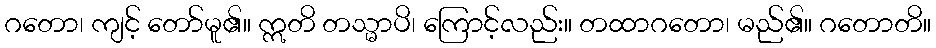
ဂတော၊ ကျင့် တော်မူ၏။ ဣတိ တသ္မာပိ၊ ကြောင့်လည်း။ တထာဂတော၊ မည်၏။ ဂတောတိ။